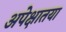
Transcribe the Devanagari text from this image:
अपेक्षातया